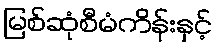
မြစ်ဆုံစီမံကိန်းနှင့်